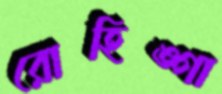
রোহিঙ্গা